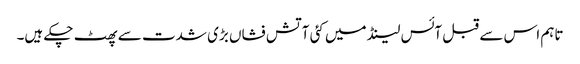
تاہم اس سے قبل آئس لینڈ میں کئی آتش فشاں بڑی شدت سے پھٹ چکے ہیں۔